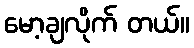
မော့ချလိုက် တယ်။